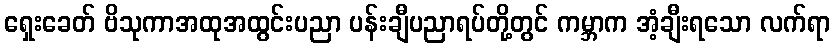
ရှေးခေတ် ဗိသုကာအထုအထွင်းပညာ ပန်းချီပညာရပ်တို့တွင် ကမ္ဘာက အံ့ချီးရသော လက်ရာ